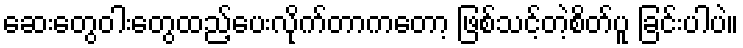
ဆေးတွေဝါးတွေထည့်ပေးလိုက်တာကတော့ ဖြစ်သင့်တဲ့စိတ်ပူ ခြင်းပါပဲ။